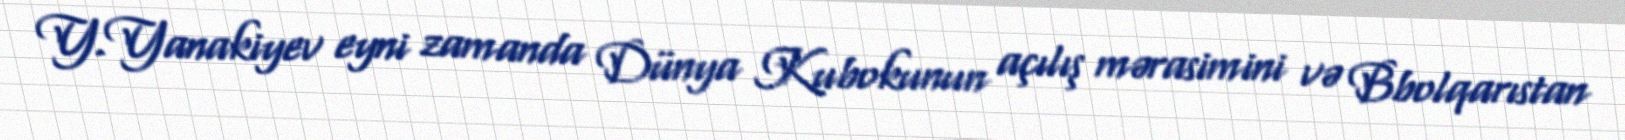
Y.Yanakiyev eyni zamanda Dünya Kubokunun açılış mərasimini və Bbolqarıstan